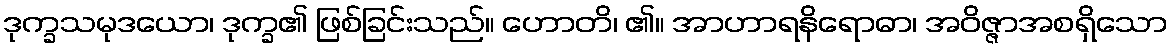
ဒုက္ခသမုဒယော၊ ဒုက္ခ၏ ဖြစ်ခြင်းသည်။ ဟောတိ၊ ၏။ အာဟာရနိရောဓာ၊ အဝိဇ္ဇာအစရှိသော